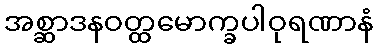
အစ္ဆာဒနဝတ္ထမောက္ခပါဝုရဏာနံ